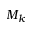
M _ { k }